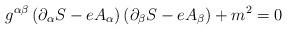
LaTeX: \begin{align*}g^{\alpha \beta }\left( \partial _{\alpha }S-eA_{\alpha }\right) \left(\partial _{\beta }S-eA_{\beta }\right) +m^{2}=0 \end{align*}